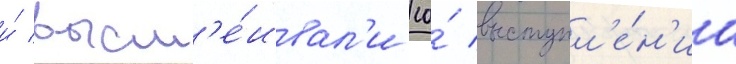
и́ высм'е́ивал'и ео́ выступл'е́н'иа